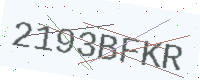
Text: 2193BFKR